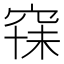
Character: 𱶽